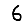
Digit: 6